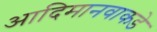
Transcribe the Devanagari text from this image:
आदिमानवाकडे